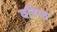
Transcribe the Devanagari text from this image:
वरिष्‍ठ